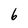
Character: 6